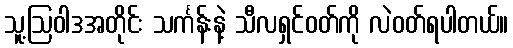
သူ့ဩဝါဒအတိုင်း သင်္ကန်းနဲ့ သီလရှင်ဝတ်ကို လဲဝတ်ရပါတယ်။